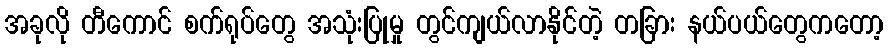
အခုလို တီကောင် စက်ရုပ်တွေ အသုံးပြုမှု တွင်ကျယ်လာနိုင်တဲ့ တခြား နယ်ပယ်တွေကတော့